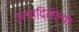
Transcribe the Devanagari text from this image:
उत्पादिलेल्या